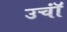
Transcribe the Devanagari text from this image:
उचॉं